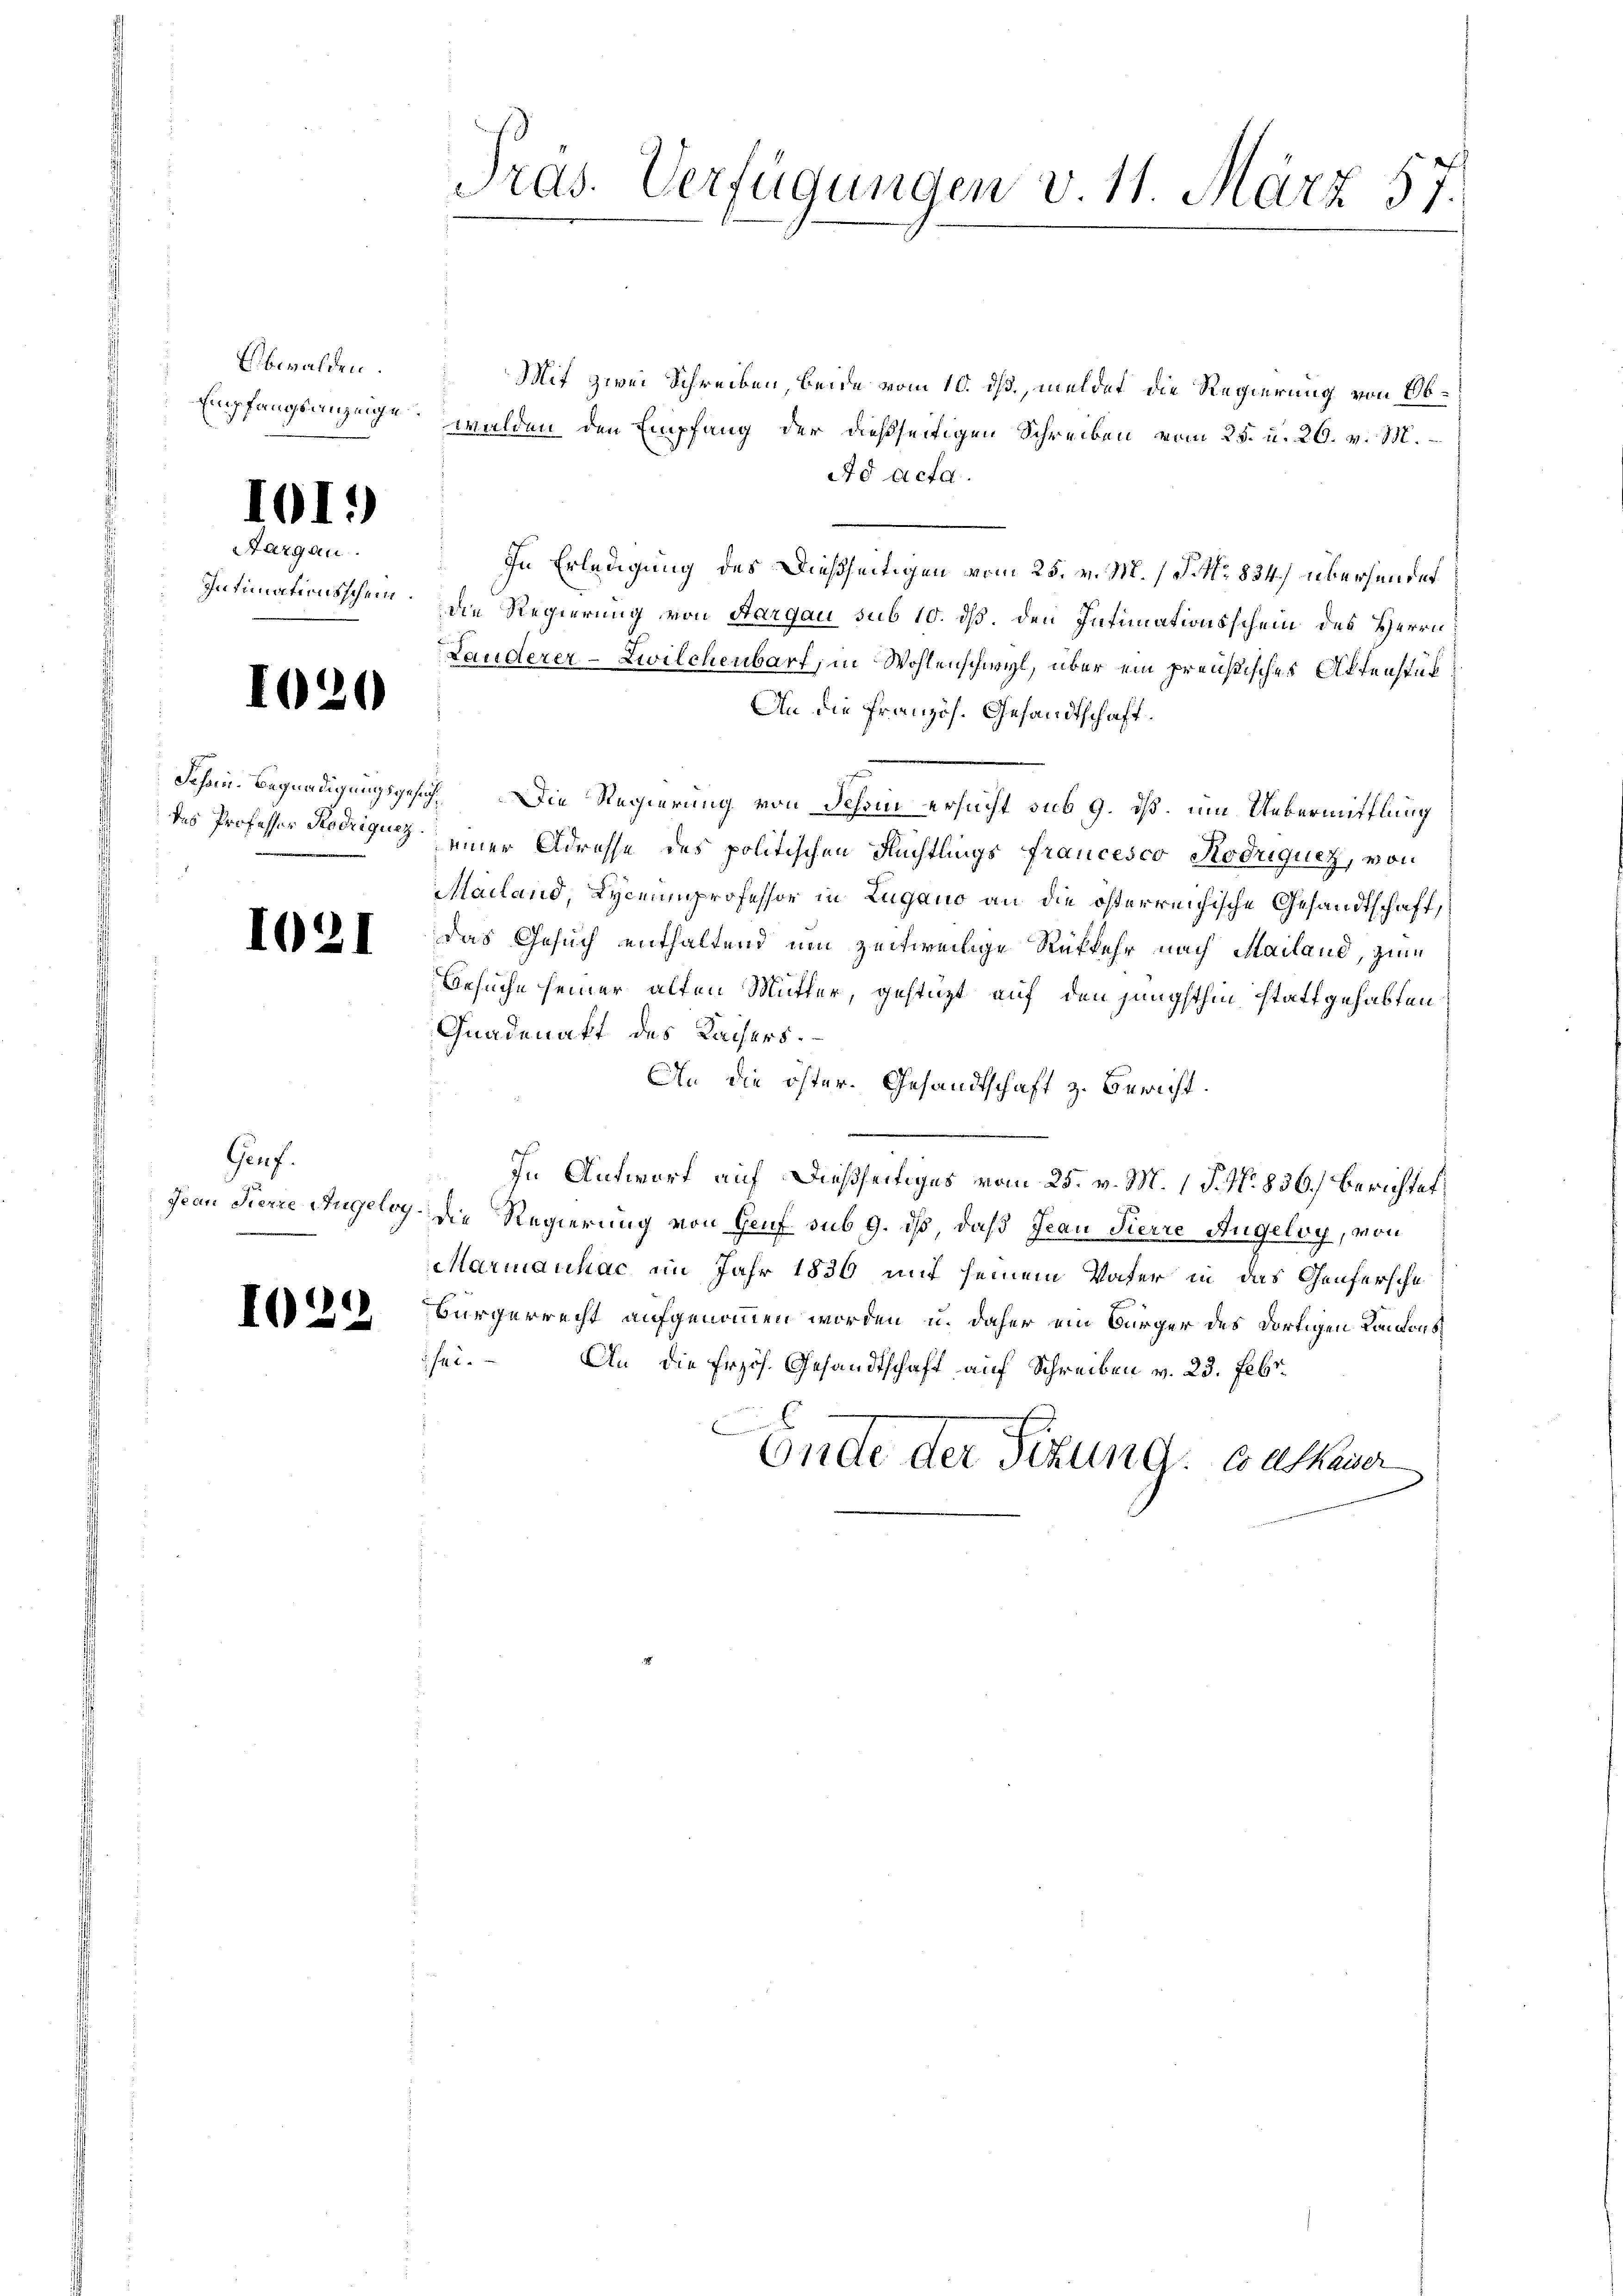
Obwalden.
Empfangsanzeige

101.)

Aargau.
Intimationsschein.

102

1021

)

Genf.

1022

Mit zwei Schreiben, beide vom 10. ds., meldet die Regierung von Obwalden den Empfang der dießseitigen Schreiben vom 25. u. 26. v. M.
Ad acta.
In Erledigung des Dießseitigen vom 25. v. M. 1 S. Nr. 834. übersendet
die Regierung von Aargau sub 10. dß. den Intimationsschein des Herrn
Landerer-Zwilchenbarf, in Wohlenschwyl, über ein preußisches Aktenstück
An die Französ. Gesandtschaft.
Schon. Begnadigungsgesuch. Die Regierung von Schon ersucht sub 9. dß. um Uebermittlung
des Professor Kodigung einer Adresse des politischen Nüchtlings francesco Kodiquez, von
Mailand, Lyceumprofessor in Zugano an die österreichische Gesandtschaft,
das Gesuch enthaltend um zeitweilige Rükkehr nach Mailand, zum
Besuche seiner alten Mutter, gestützt auf den jüngsthin stattgehabten
Gnadenakt des Kaisers.
An die öster. Gesandtschaft z. Bericht.
In Antwort auf dießseitiges vom 25. v. M. 1 P. Nr. 836.) Berichtet,
Jean Fierze Angeley die Regierung von Genf sub 9. ist, daß Jean Pierre Angeloy, von
Marianhac im Jahr 1836 mit seinem Vater in das Genfersche
Bürgerrecht aufgenommen worden u. daher ein Bürger des dortigen Londons
sei. – An die Erzös. Gesandtschaft auf Schreiben v. 23. Febr.
6
Endte der Sitzung. Cathauer

Pras. Verfügungen v. 11. März 57.